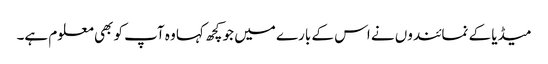
میڈیا کے نمائندوں نے اس کے بارے میں جو کچھ کہا وہ آپ کو بھی معلوم ہے۔